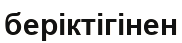
беріктігінен